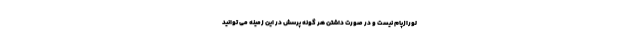
لورازپام نیست و در صورت داشتن هر گونه پرسش در این زمینه می توانید